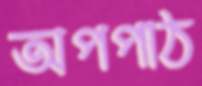
অপপাঠ